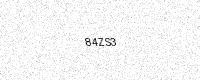
Text: 84ZS3